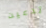
تدعين